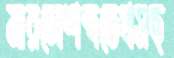
মারলেশব্দতেখসছ